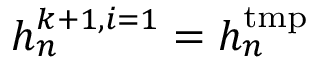
h _ { n } ^ { k + 1 , i = 1 } = h _ { n } ^ { \mathrm { t m p } }